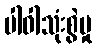
ပါဝါသုံးစွဲမှု